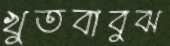
খুতবাবুঝ